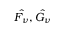
\hat { F _ { \nu } } , \hat { G _ { \nu } }